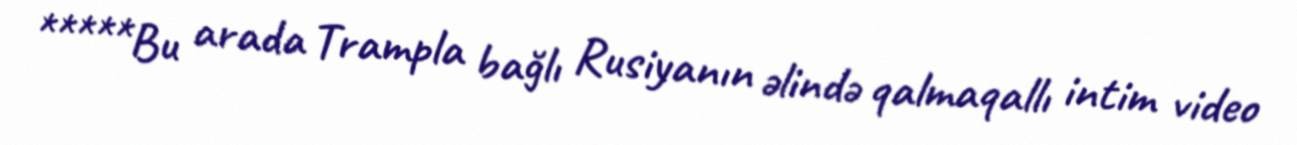
*****Bu arada Trampla bağlı Rusiyanın əlində qalmaqallı intim video